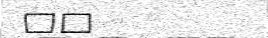
٤٩